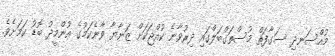
މުއްސަނދި ސަގާފަތް މުސްތަގްބަލްގައި ދިރުވާނެ ކުއްޖަކަށް ޒަނާޔާ ވާނެކަމުގެ އުންމީދު ބޮޑު ކަމަށެވެ.